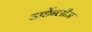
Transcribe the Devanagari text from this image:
डार्डेन्लीज